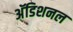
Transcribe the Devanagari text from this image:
अॅडिशनल